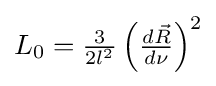
\textstyle L_{0}={\frac {3}{2l^{2}}}\left({\frac {d{\vec {R}}}{d\nu }}\right)^{2}